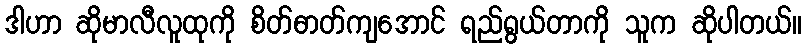
ဒါဟာ ဆိုမာလီလူထုကို စိတ်ဓာတ်ကျအောင် ရည်ရွယ်တာကို သူက ဆိုပါတယ်။